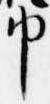
巾